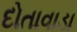
દોતાવાડા